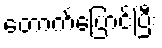
တောက်ပြောင်ပြီး